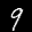
Label: 9